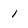
Character: 1